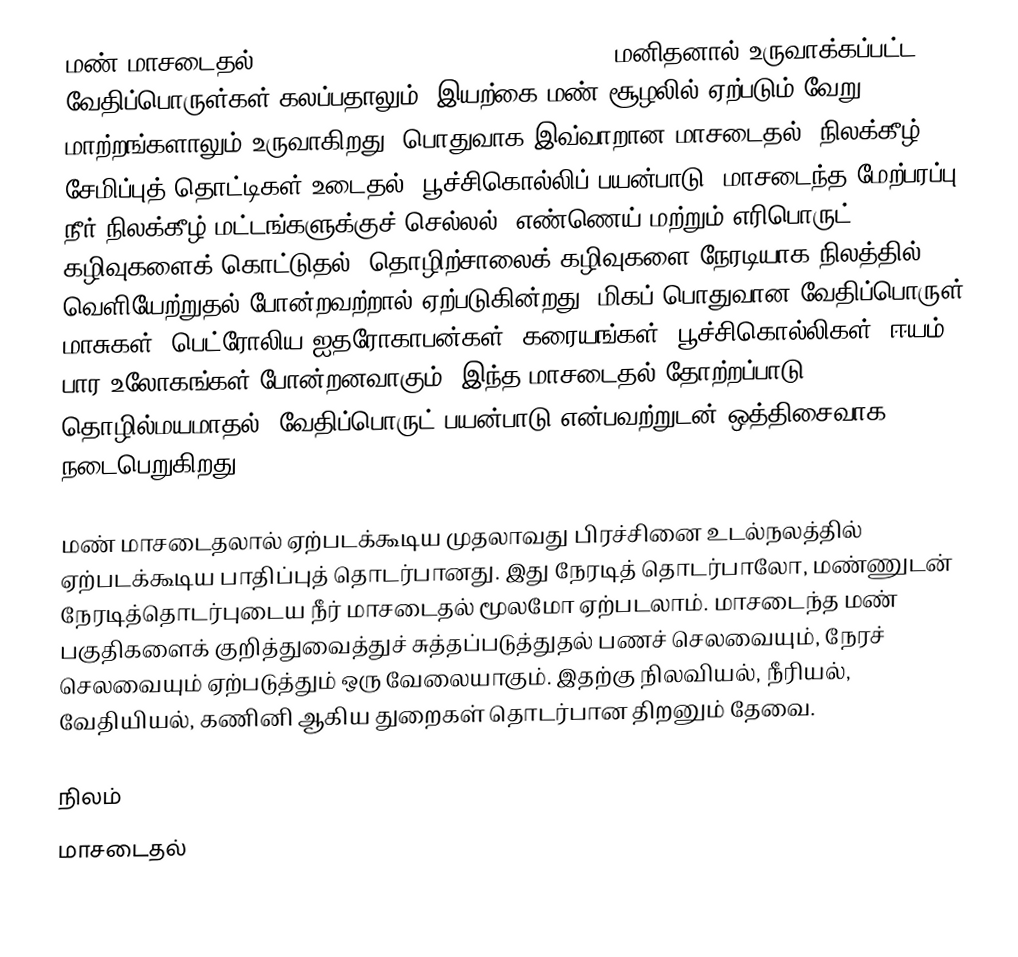
மண் மாசடைதல் (Soil contamination, soil pollution) மனிதனால் உருவாக்கப்பட்ட வேதிப்பொருள்கள் கலப்பதாலும், இயற்கை மண் சூழலில் ஏற்படும் வேறு மாற்றங்களாலும் உருவாகிறது. பொதுவாக இவ்வாறான மாசடைதல், நிலக்கீழ் சேமிப்புத் தொட்டிகள் உடைதல், பூச்சிகொல்லிப் பயன்பாடு, மாசடைந்த மேற்பரப்பு நீர் நிலக்கீழ் மட்டங்களுக்குச் செல்லல், எண்ணெய் மற்றும் எரிபொருட் கழிவுகளைக் கொட்டுதல், தொழிற்சாலைக் கழிவுகளை நேரடியாக நிலத்தில் வெளியேற்றுதல் போன்றவற்றால் ஏற்படுகின்றது. மிகப் பொதுவான வேதிப்பொருள் மாசுகள், பெட்ரோலிய ஐதரோகாபன்கள், கரையங்கள், பூச்சிகொல்லிகள், ஈயம், பார உலோகங்கள் போன்றனவாகும். இந்த மாசடைதல் தோற்றப்பாடு, தொழில்மயமாதல், வேதிப்பொருட் பயன்பாடு என்பவற்றுடன் ஒத்திசைவாக நடைபெறுகிறது.

மண் மாசடைதலால் ஏற்படக்கூடிய முதலாவது பிரச்சினை உடல்நலத்தில் ஏற்படக்கூடிய பாதிப்புத் தொடர்பானது. இது நேரடித் தொடர்பாலோ, மண்ணுடன் நேரடித்தொடர்புடைய நீர் மாசடைதல் மூலமோ ஏற்படலாம். மாசடைந்த மண் பகுதிகளைக் குறித்துவைத்துச் சுத்தப்படுத்துதல் பணச் செலவையும், நேரச் செலவையும் ஏற்படுத்தும் ஒரு வேலையாகும். இதற்கு நிலவியல், நீரியல், வேதியியல், கணினி ஆகிய துறைகள் தொடர்பான திறனும் தேவை.

நிலம்
மாசடைதல்